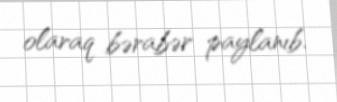
olaraq bərabər paylanıb.